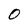
Character: 0